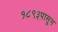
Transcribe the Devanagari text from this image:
१८९३पासून